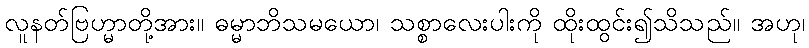
လူနတ်ဗြဟ္မာတို့အား။ ဓမ္မာဘိသမယော၊ သစ္စာလေးပါးကို ထိုးထွင်း၍သိသည်။ အဟု၊